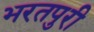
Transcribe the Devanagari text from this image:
भरतपुरी